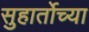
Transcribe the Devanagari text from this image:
सुहार्तोच्या